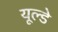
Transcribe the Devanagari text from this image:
यूल्डे